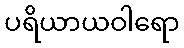
ပရိယာယဝါရော